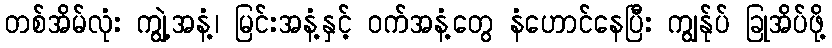
တစ်အိမ်လုံး ကျွဲ့အနံ့၊ မြင်းအနံ့နှင့် ဝက်အနံ့တွေ နံဟောင်နေပြီး ကျွန်ုပ် ခြုအိပ်ဖို့